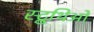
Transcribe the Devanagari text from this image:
स्ट्रुथिओ